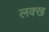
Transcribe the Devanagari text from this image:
लक्ख